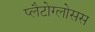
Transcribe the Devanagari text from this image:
प्लैटोग्लोसस